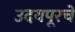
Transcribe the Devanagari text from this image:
उदयपूरचे